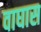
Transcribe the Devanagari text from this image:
वाघास